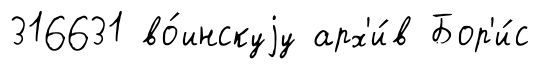
316631 во́инскуjу арх'и́в Бор'и́с